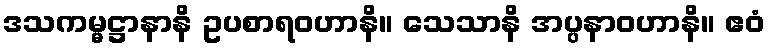
ဒသကမ္မဋ္ဌာနာနိ ဥပစာရဝဟာနိ။ သေသာနိ အပ္ပနာဝဟာနိ။ ဧဝံ